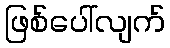
ဖြစ်ပေါ်လျက်